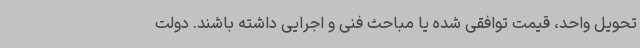
تحویل واحد، قیمت توافقی شده یا مباحث فنی و اجرایی داشته باشند. دولت